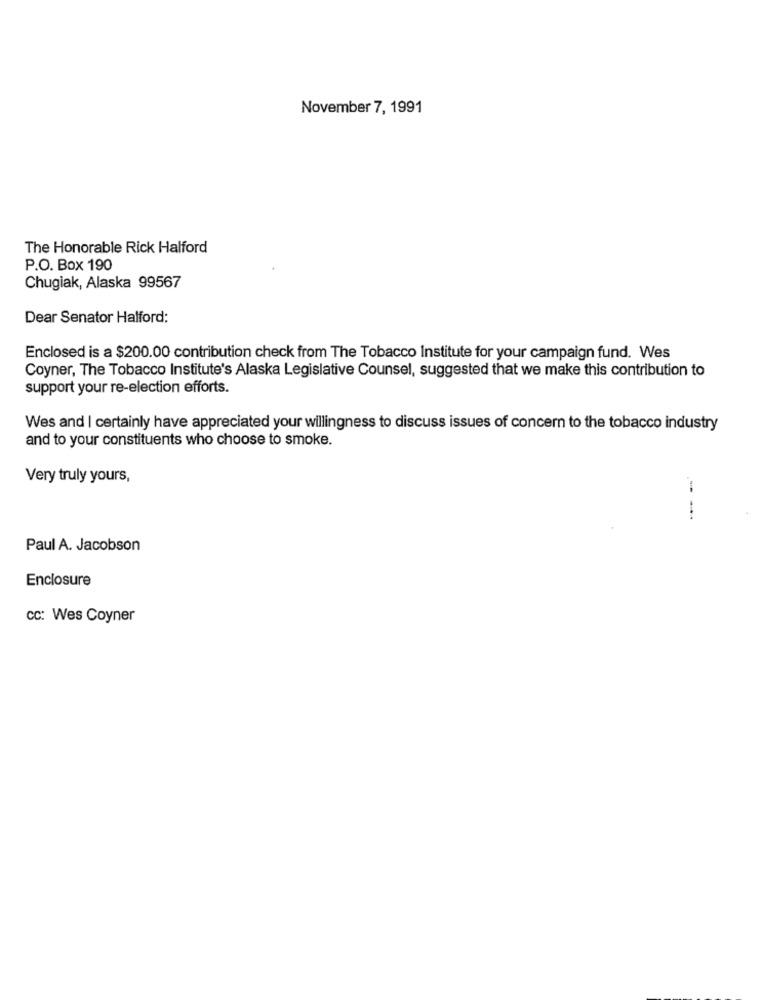
November 7, 1991
The Honorable Rick Halford
P.O. Box 190
Chugiak, Alaska 99567
Dear Senator Halford:
Enclosed is a $200.00 contribution check from The Tobacco Institute for your campaign fund. Wes
Coyner, The Tobacco Institute's Alaska Legislative Counsel, suggested that we make this contribution to
support your re-election efforts.
Wes and I certainly have appreciated your willingness to discuss issues of concern to the tobacco industry
and to your constituents who choose to smoke.
Very truly yours,
-- --
Paul A. Jacobson
Enclosure
CC: Wes Coyner